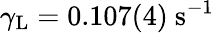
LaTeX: \gamma_{\mathrm{L}}=0.107(4)~\mathrm{s^{-1}}